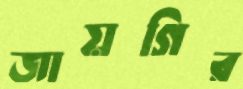
জায়গির